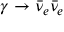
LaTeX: \gamma \rightarrow \bar { \nu } _ { e } \bar { \nu } _ { e }